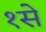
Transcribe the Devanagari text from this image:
१से